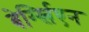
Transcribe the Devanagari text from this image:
बेर्ग्स्लिएन